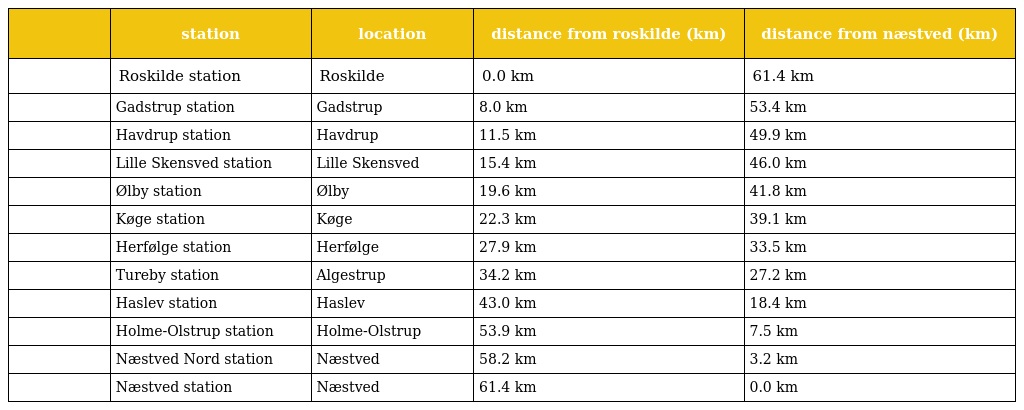
|  | station | location | distance from roskilde (km) | distance from næstved (km) |
 | --- | --- | --- | --- | --- |
 |  | Roskilde station | Roskilde | 0.0 km | 61.4 km |
 |  | Gadstrup station | Gadstrup | 8.0 km | 53.4 km |
 |  | Havdrup station | Havdrup | 11.5 km | 49.9 km |
 |  | Lille Skensved station | Lille Skensved | 15.4 km | 46.0 km |
 |  | Ølby station | Ølby | 19.6 km | 41.8 km |
 |  | Køge station | Køge | 22.3 km | 39.1 km |
 |  | Herfølge station | Herfølge | 27.9 km | 33.5 km |
 |  | Tureby station | Algestrup | 34.2 km | 27.2 km |
 |  | Haslev station | Haslev | 43.0 km | 18.4 km |
 |  | Holme-Olstrup station | Holme-Olstrup | 53.9 km | 7.5 km |
 |  | Næstved Nord station | Næstved | 58.2 km | 3.2 km |
 |  | Næstved station | Næstved | 61.4 km | 0.0 km |